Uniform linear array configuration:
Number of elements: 8
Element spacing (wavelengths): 1
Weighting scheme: uniform
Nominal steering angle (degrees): -15
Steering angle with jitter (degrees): -16.071
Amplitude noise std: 0.05
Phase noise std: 0.05

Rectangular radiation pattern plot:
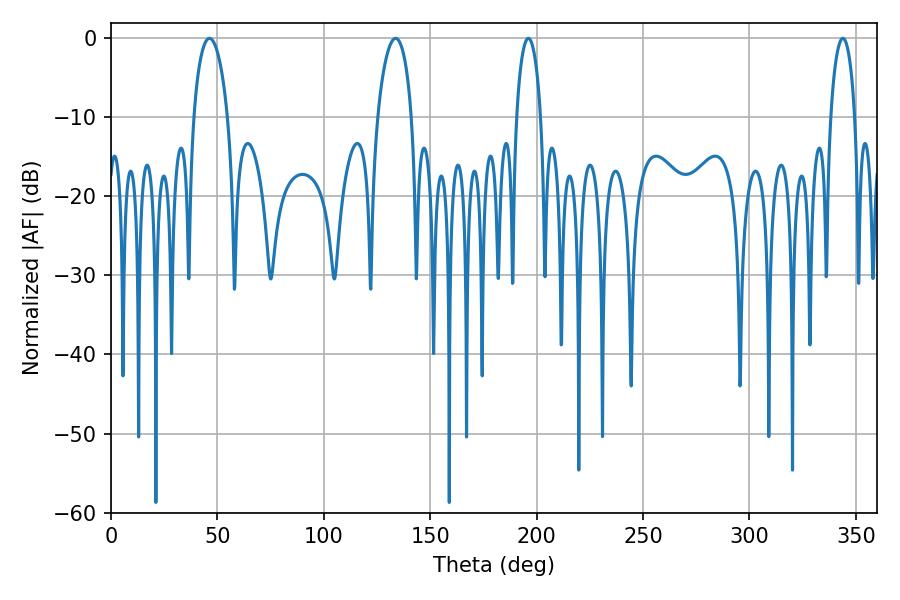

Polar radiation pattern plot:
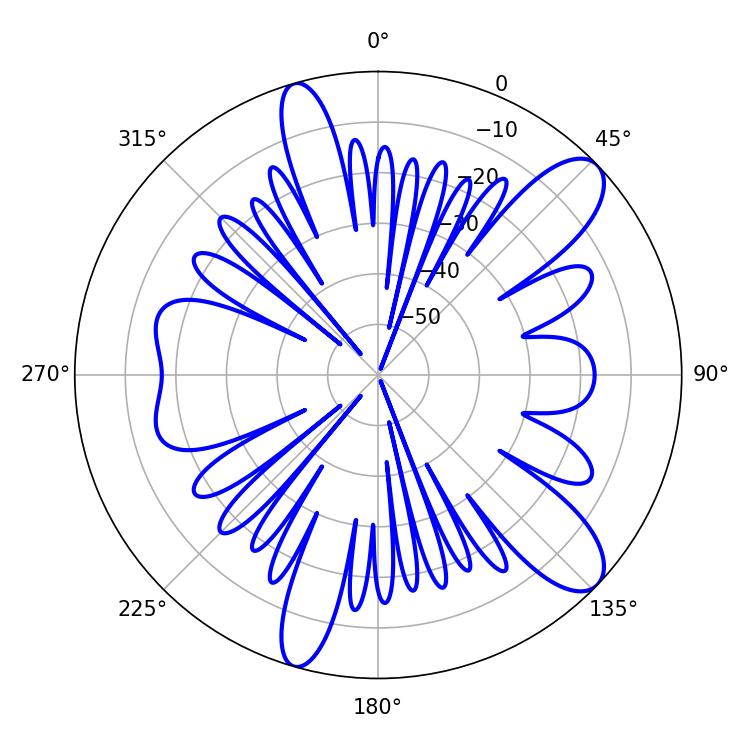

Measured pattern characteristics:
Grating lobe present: TRUE
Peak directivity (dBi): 10.753
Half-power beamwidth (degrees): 9.18
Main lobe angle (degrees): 46.26